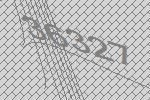
36327